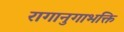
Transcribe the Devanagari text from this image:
रागानुगाभक्ति